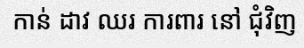
កាន់ ដាវ ឈរ ការពារ នៅ ជុំវិញ